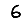
Digit: 6